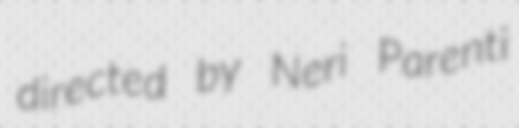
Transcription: directed by Neri Parenti